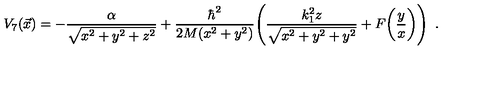
V _ { 7 } ( \vec { x } ) = - { \frac { \alpha } { \sqrt { x ^ { 2 } + y ^ { 2 } + z ^ { 2 } } } } + { \frac { \hbar ^ { 2 } } { 2 M ( x ^ { 2 } + y ^ { 2 } ) } } \Bigg ( { \frac { k _ { 1 } ^ { 2 } z } { \sqrt { x ^ { 2 } + y ^ { 2 } + y ^ { 2 } } } } + F \bigg ( { \frac { y } { x } } \bigg ) \Bigg ) \enspace .